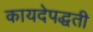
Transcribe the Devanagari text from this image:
कायदेपद्धती